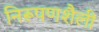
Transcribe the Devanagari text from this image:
निरूपणशैली